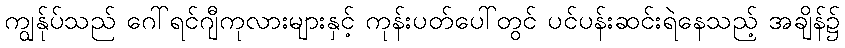
ကျွန်ုပ်သည် ဂေါ်ရင်ဂျီကုလားများနှင့် ကုန်းပတ်ပေါ်တွင် ပင်ပန်းဆင်းရဲနေသည့် အချိန်၌